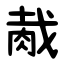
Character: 胾